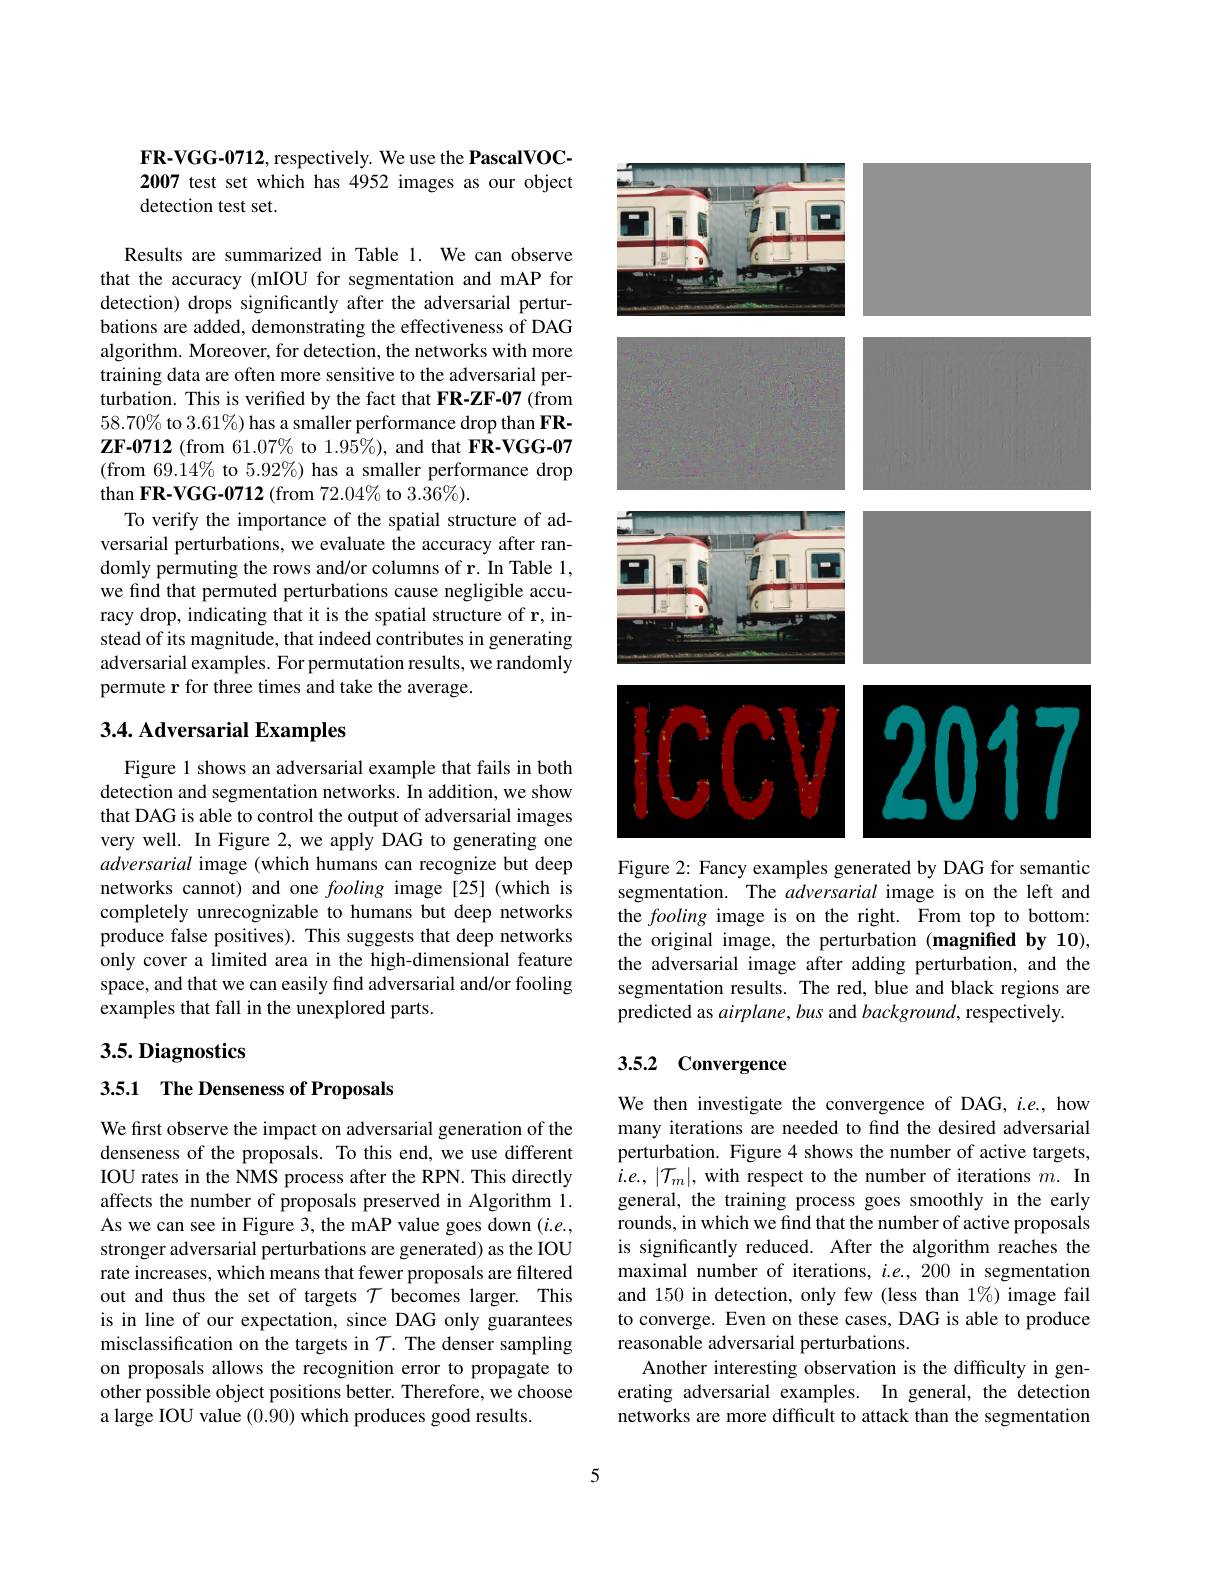
FR-VGG-0712, respectively. We use the PascalVOC- 2007 test set which has 4952 images as our object detection test set.

Results are summarized in Table 1. We can observe that the accuracy (mIOU for segmentation and mAP for detection) drops significantly after the adversarial perturbations are added, demonstrating the effectiveness of DAG algorithm. Moreover, for detection, the networks with more training data are often more sensitive to the adversarial perturbation. This is verifed by the fact that FR-ZF-07 (from $58.70\%$ to 3.61%) has a smaller performance drop than FR- $\textbf{ZF- 0712( from61. 07\% to 1. 95\% ) , and that FR- VGG- 07}$ (from 69.14% to 5.92%) has a smaller performance drop than FR-VGG-0712 (from 72.04% to 3.36%).
To verify the importance of the spatial structure of adversarial perturbations, we evaluate the accuracy after randomly permuting the rows and/or columns of r. In Table 1, we find that permuted perturbations cause negligible accuracy drop, indicating that it is the spatial structure of r, instead of its magnitude, that indeed contributes in generating adversarial examples. For permutation results, we randomly permute r for three times and take the average.

## 3.4. Adversarial Examples

Figure 1 shows an adversarial example that fails in both detection and segmentation networks. In addition, we show that DAG is able to control the output of adversarial images very well. In Figure 2, we apply DAG to generating one adversarial image (which humans can recognize but deep networks cannot) and one fooling image [25] (which is completely unrecognizable to humans but deep networks produce false positives). This suggests that deep networks only cover a limited area in the high-dimensional feature space, and that we can easily find adversarial and/or fooling examples that fall in the unexplored parts.

## 3.5. Diagnostics

3.5.1 $\textbf{The Denseness of Proposals}$

We first observe the impact on adversarial generation of the denseness of the proposals. To this end, we use different IOU rates in the NMS process after the RPN. This directly affects the number of proposals preserved in Algorithm 1. As we can see in Figure 3, the mAP value goes down $(i.e.$, stronger adversarial perturbations are generated) as the IOU rate increases, which means that fewer proposals are filtered out and thus the set of targets $\mathcal{T}$ becomes larger. This is in line of our expectation, since DAG only guarantees misclassification on the targets in $\mathcal{T}.$ The denser sampling on proposals allows the recognition error to propagate to other possible object positions better. Therefore, we choose a large IOU value (0.90) which produces good results.

<FigureHere>
Figure 2: Fancy examples generated by DAG for semantic

segmentation. The adversarial image is on the left and the fooling image is on the right. From top to bottom: the original image, the perturbation (magnified by 10), the adversarial image after adding perturbation, and the segmentation results. The red, blue and black regions are predicted as airplane, bus and background, respectively.

# 3.5.2 Convergence

We then investigate the convergence of DAG, $i.e.$, how many iterations are needed to find the desired adversarial perturbation. Figure 4 shows the number of active targets, $i.e.,|\mathcal{T}_m|$, with respect to the number of iterations $m.$ In general, the training process goes smoothly in the early rounds, in which we find that the number of active proposals is significantly reduced. After the algorithm reaches the maximal number of iterations, $i.e.,200$ in segmentation and 150 in detection, only few (less than 1%) image fail to converge. Even on these cases, DAG is able to produce reasonable adversarial perturbations.
Another interesting observation is the difficulty in generating adversarial examples. In general, the detection networks are more difficult to attack than the segmentation

5